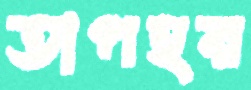
তাপহর